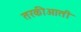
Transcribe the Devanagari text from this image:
तरकीआती